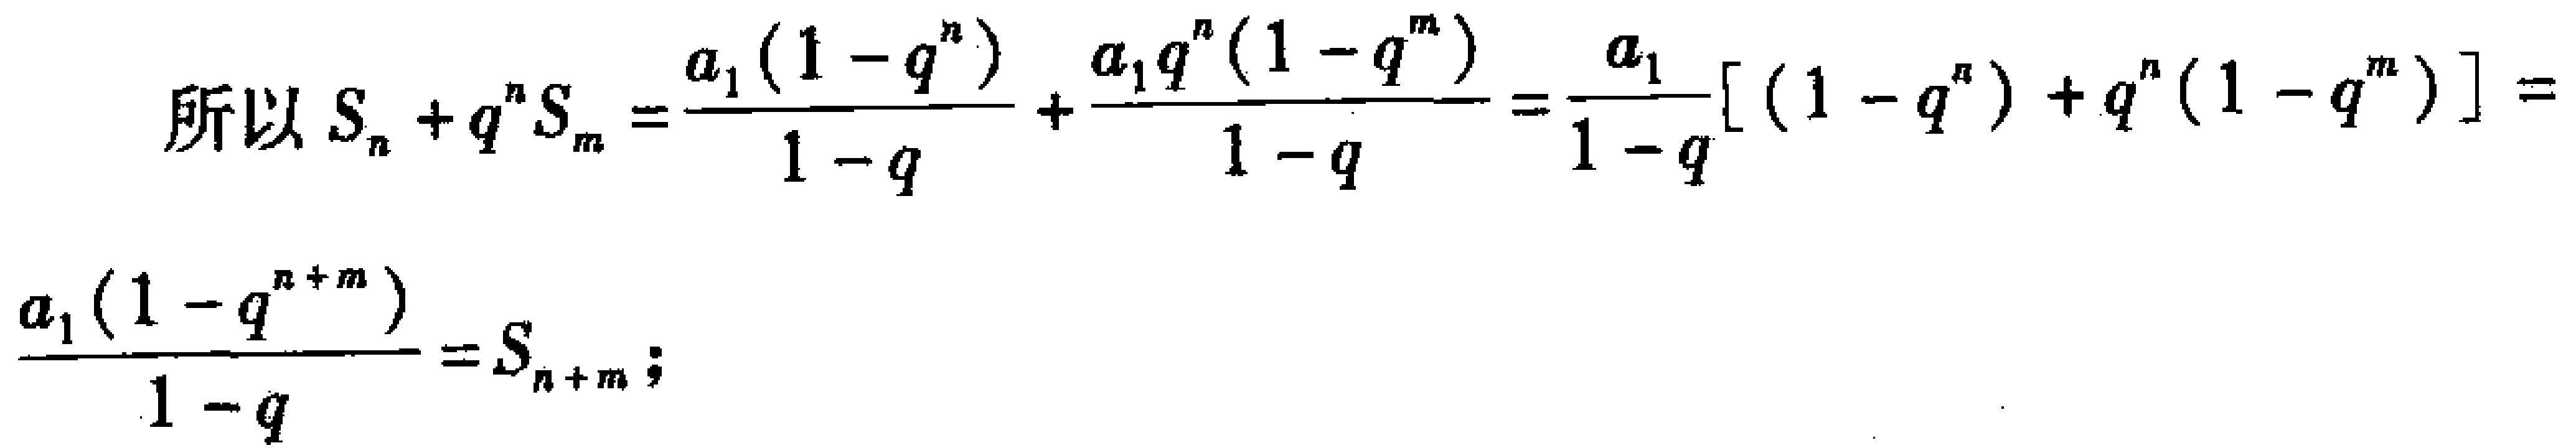
\[

\begin{align*}

\text{所以 }S_{n}+q^{n}S_{m}&=\frac{a_{1}(1 - q^{n})}{1 - q}+\frac{a_{1}q^{n}(1 - q^{m})}{1 - q}=\frac{a_{1}}{1 - q}[(1 - q^{n})+q^{n}(1 - q^{m})]=\\

\frac{a_{1}(1 - q^{n + m})}{1 - q}&=S_{n + m};

\end{align*}

\]